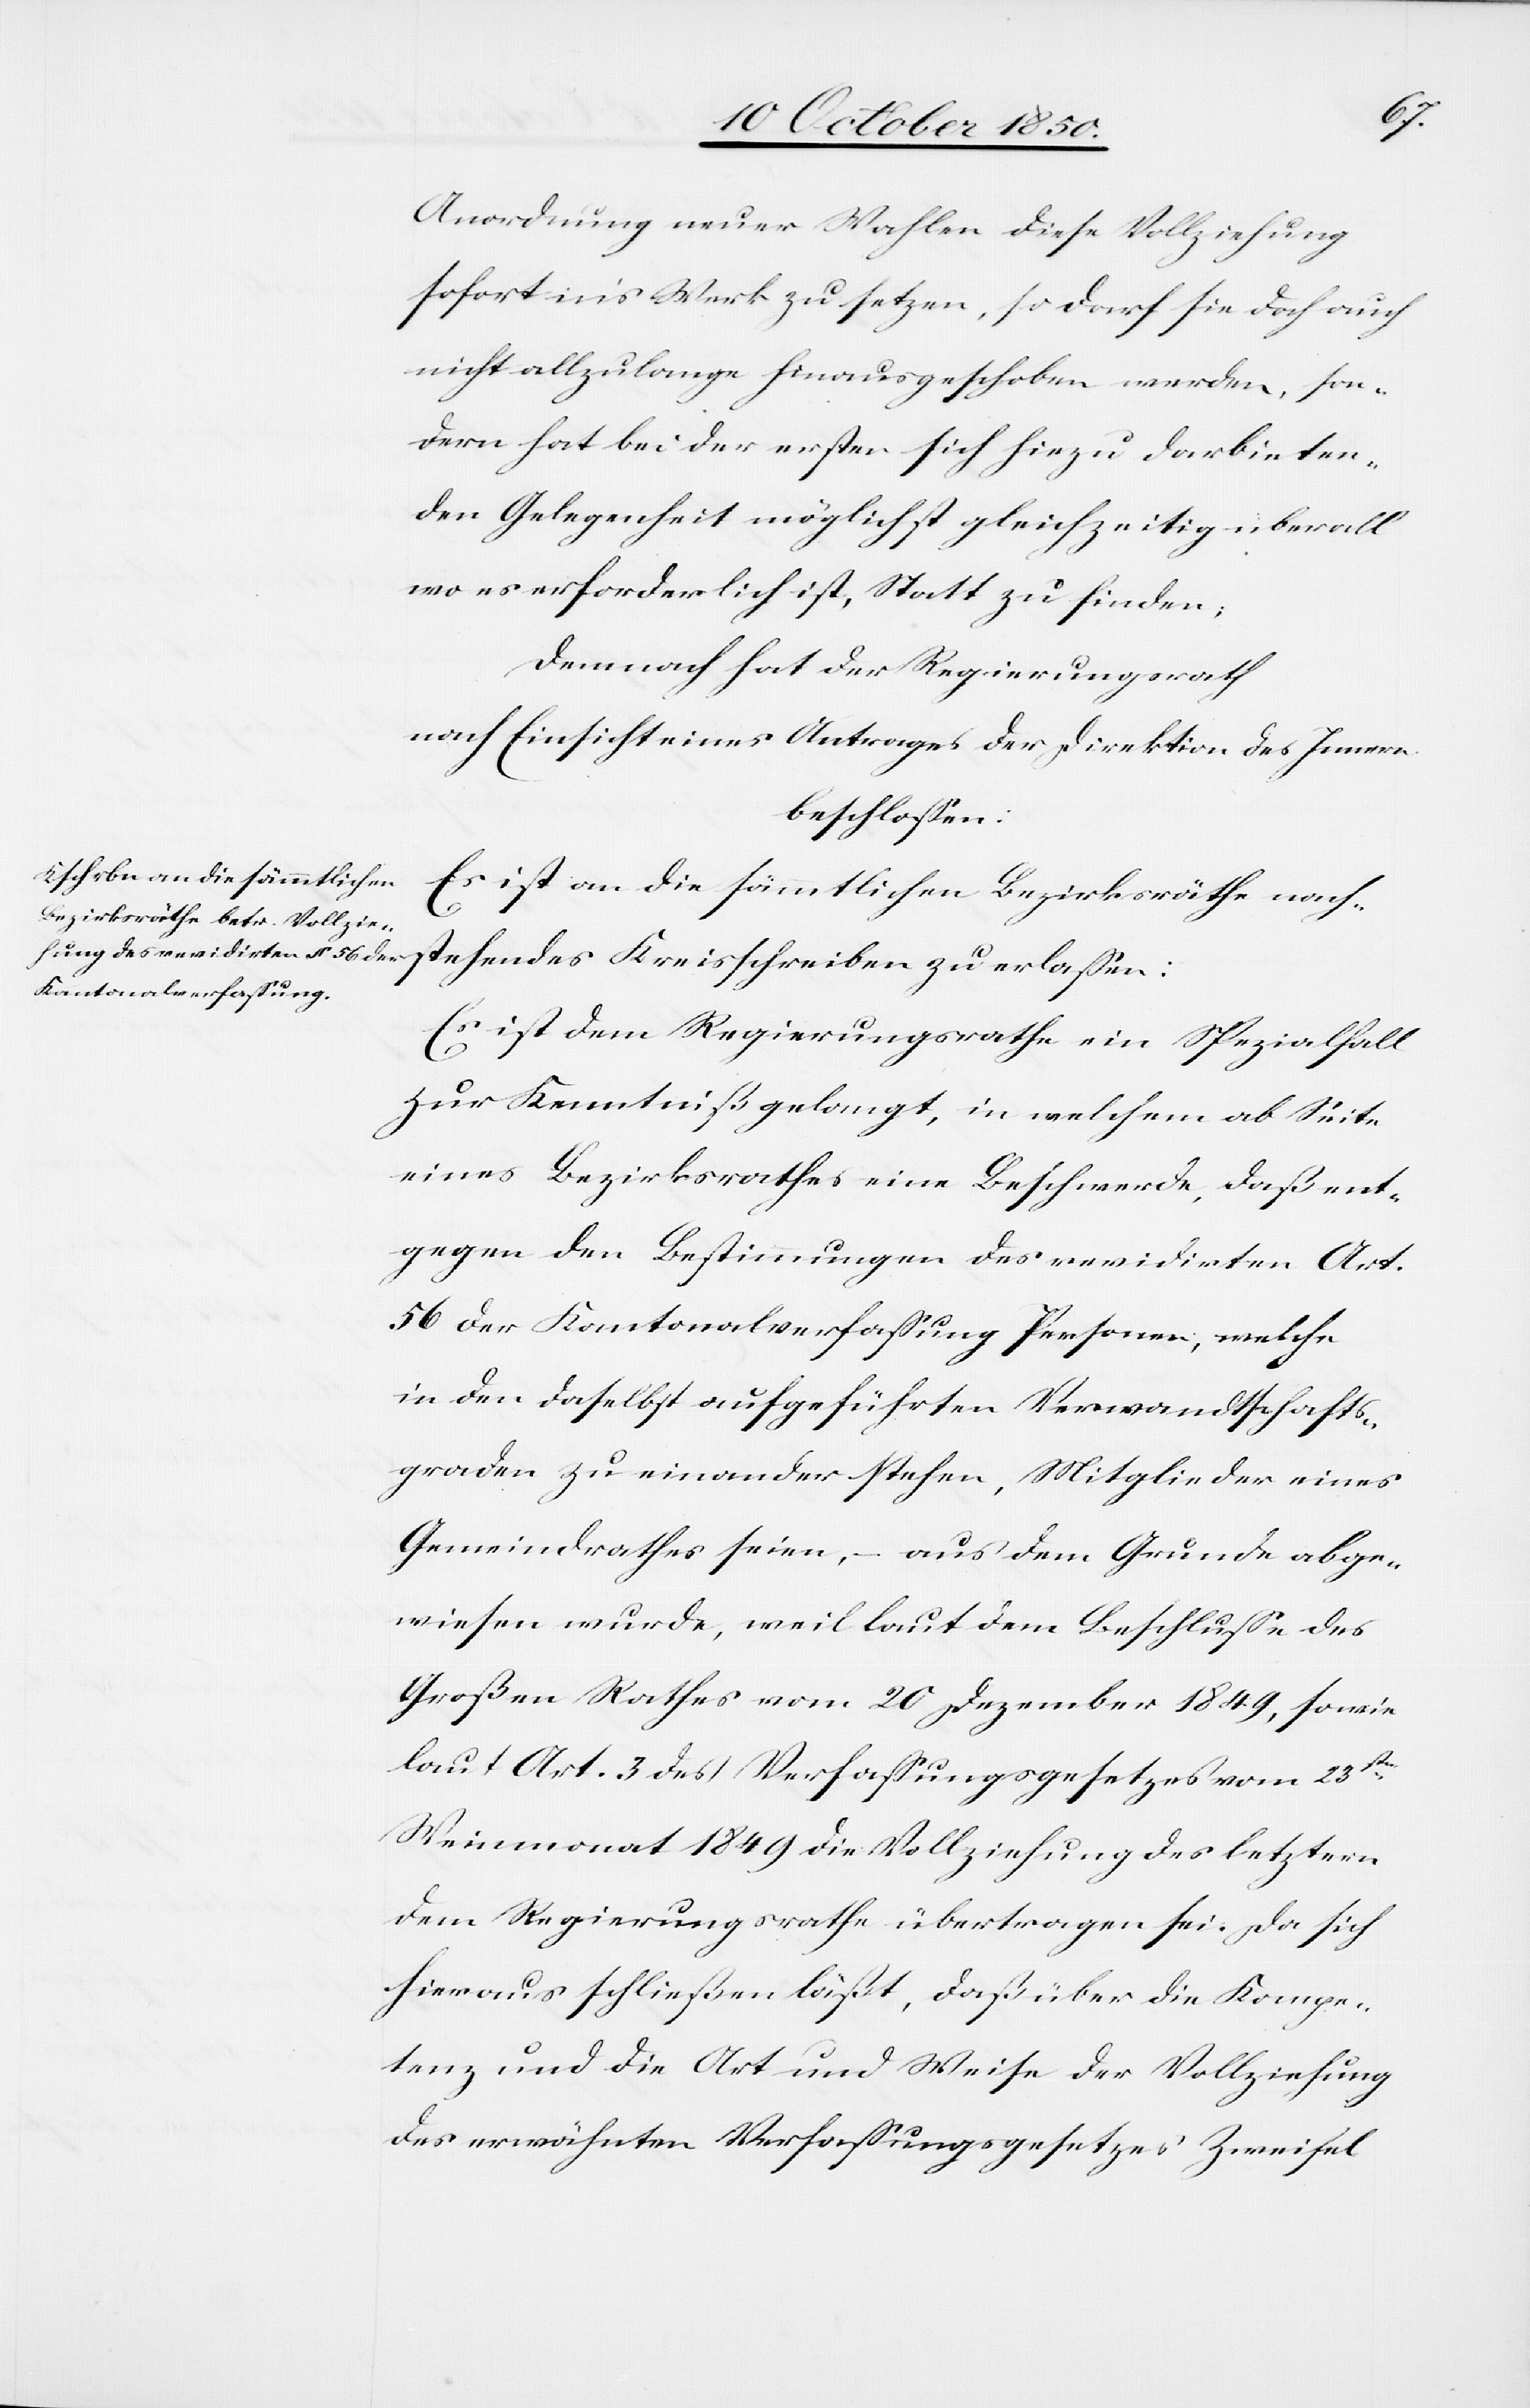
Anordnung neuer Wahlen diese Vollziehung
sofort in’s Werk zu setzen, so darf sie doch auch
nicht allzulange hinausgeschoben werden, son¬
dern hat bei der ersten sich hiezu darbieten¬
den Gelegenheit möglichst gleichzeitig überall
wo es erforderlich ist, Statt zu finden;
Demnach hat der Regierungsrath
nach Einsicht eines Antrages der Direktion des Innern
beschlossen:
Es ist an die sämmtlichen Bezirksräthe nach¬
stehendes Kreisschreiben zu erlassen:
Es ist dem Regierungsrathe ein Spezialfall
zur Kenntniß gelangt, in welchem ab Seite
eines Bezirksrathes eine Beschwerde daß ent¬
gegen den Bestimmungen des revidirten Art.
56 der Kantonalverfassung Personen, welche
in den daselbst aufgeführten Verwandtschafts¬
graden zu einander stehen, Mitglieder eines
Gemeindrathes seien, – aus dem Grunde abge¬
wiesen wurde, weil laut dem Beschlusse des
Großen Rathes vom 20 Dezember 1849, sowie
laut Art. 3 des Verfassungsgesetzes vom 23sten
Weinmonat 1849 die Vollziehung des letztern
dem Regierungsrathe übertragen sei. Da sich
hieraus schließen läßt, daß über die Kompe¬
tenz und die Art und Weise der Vollziehung
des erwähnten Verfassungsgesetzes Zweifel